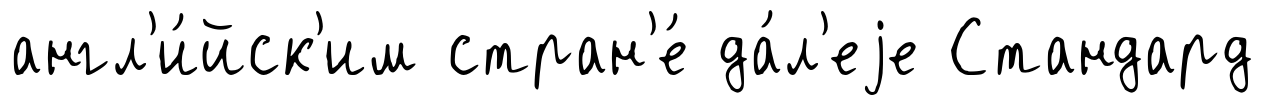
англ'и́йск'им стран'е́ да́л'еjе Стандард